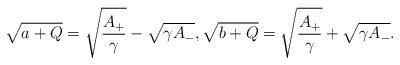
LaTeX: \begin{align*}\sqrt{a+Q}=\sqrt{\frac{A_{+}}{\gamma}}-\sqrt{\gamma A_{-}},\sqrt{b+Q}=\sqrt{\frac{A_{+}}{\gamma}}+\sqrt{\gamma A_{-}}.\end{align*}